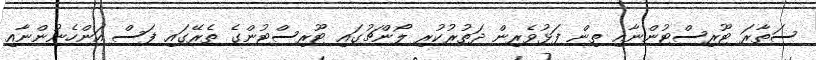
ސަތާރަ ޓޫރިސްޓުންނާއި ތިން ފަޅުވެރިން ދަތުރުކުރި ލޯންޗުގައި ޓޫރިސްޓުންގެ ތެރޭގައި ފަސް އަންހެނުންނާއި